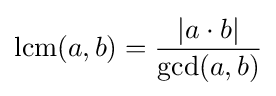
\operatorname {lcm} (a,b)={\frac {|a\cdot b|}{\operatorname {gcd} (a,b)}}